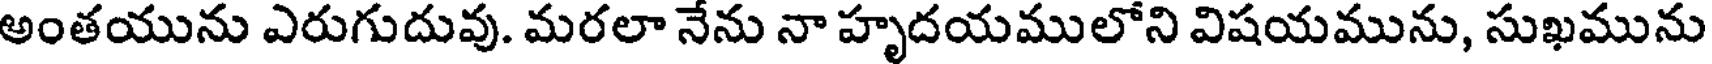
అంతయును ఎరుగుదువు. మరలా నేను నా హృదయములోని విషయమును, సుఖమును